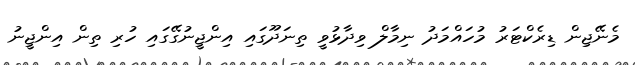
މެނޭޖިން ޑިރެކްޓަރު މުހައްމަދު ނިމާލް ވިދާޅުވީ ތިނަދޫގައި އިންޖީނުގޭގައި ހުރި ތިން އިންޖީނު